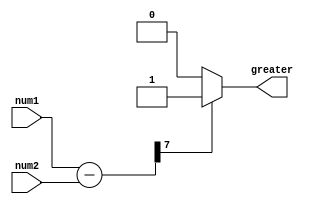
module unsigned_comparator(input [7:0] num1, num2, output reg greater);

    reg [7:0] diff;

    always @ (*) begin
        diff = num1 - num2;
        if (diff[7] == 0)
            greater = 1'b0; // num1 is less than num2
        else
            greater = 1'b1; // num1 is greater than num2
    end

endmodule